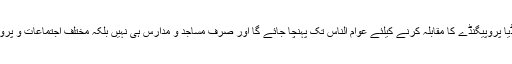
یہ کنونشن اس عزم کا بھی اعادہ کرتا ہے کہ اسلام دشمن قوتوں کی جانب سے میڈیا پروپیگنڈے کا مقابلہ کرنے کیلئے عوام الناس تک پہنچا جائے گا اور صرف مساجد و مدارس ہی نہیں بلکہ مختلف اجتماعات و پروگرامات کے انعقاد کے ذریعے عوام الناس کو صورتحال سے باخبر کیا جائے گا۔